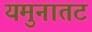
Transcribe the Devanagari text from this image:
यमुनातट